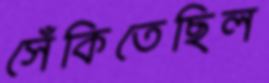
সেঁকিতেছিল